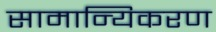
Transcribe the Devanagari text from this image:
सामान्यिकरण